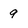
Character: 9